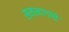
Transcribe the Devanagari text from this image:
समभागांचे